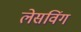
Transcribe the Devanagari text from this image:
लेसविंग